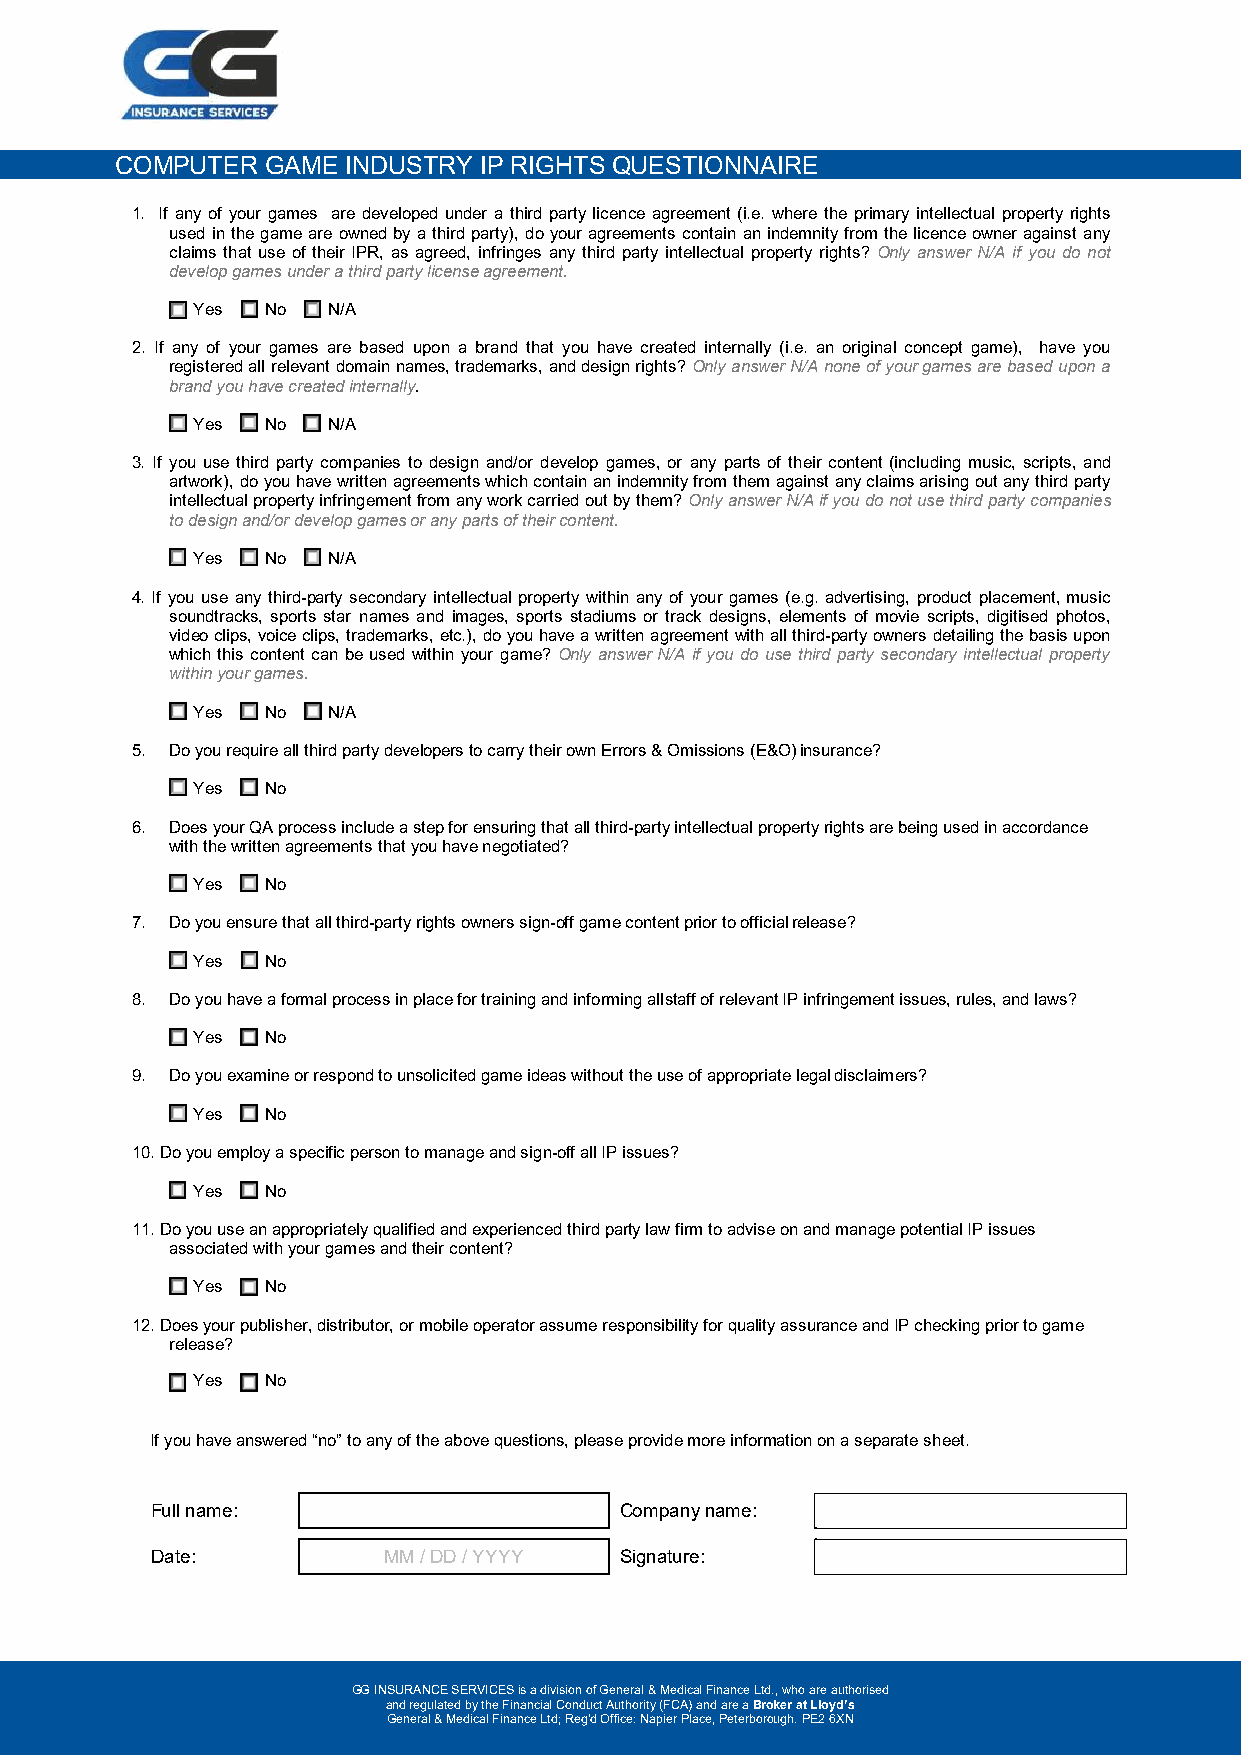
COMPUTER  GAME INDUSTRY IP RIGHTS QUESTIONNAIRE
 1. If any of your games are developed under a third party licence agreement (i.e. where the primary intellectual property rights
 used in the game are owned by a third party), do your agreements contain an indemnity from the licence owner against any
 claims that use of their IPR, as agreed, infringes any third party intellectual property rights? Only answer N/A if you do not
 develop games under a third party license agreement.
 Yes  No  N/A
 2. If any of your games are based upon a brand that you have created internally (i.e. an original concept game), have you
 registered all relevant domain names, trademarks, and design rights? Only answer N/A none of your games are based upon a
 brand you have created internally.
 Yes  No  N/A
 3. If you use third party companies to design and/or develop games, or any parts of their content (including music, scripts, and
 artwork), do you have written agreements which contain an indemnity from them against any claims arising out any third party
 intellectual property infringement from any work carried out by them? Only answer N/A if you do not use third party companies
 to design and/or develop games or any parts of their content.
 Yes  No  N/A
 4. If you use any third-party secondary intellectual property within any of your games (e.g. advertising, product placement, music
 soundtracks, sports star names and images, sports stadiums or track designs, elements of movie scripts, digitised photos,
 video clips, voice clips, trademarks, etc.), do you have a written agreement with all third-party owners detailing the basis upon
 which this content can be used within your game? Only answer N/A if you do use third party secondary intellectual property
 within your games.
 Yes  No  N/A
 5. Do you require all third party developers to carry their own Errors & Omissions (E&O) insurance?
 Yes  No
 6. Does your QA process include a step for ensuring that all third-party intellectual property rights are being used in accordance
 with the written agreements that you have negotiated?
 Yes  No
 7. Do you ensure that all third-party rights owners sign-off game content prior to official release?
 Yes  No
 8. Do you have a formal process in place for training and informing all staff of relevant IP infringement issues, rules, and laws?
 Yes  No
 9. Do you examine or respond to unsolicited game ideas without the use of appropriate legal disclaimers?
 Yes  No
 10.Do you employ a specific person to manage and sign-off all IP issues?
 Yes  No
 11.Do you use an appropriately qualified and experienced third party law firm to advise on and manage potential IP issues
 associated with your games and their content?
 Yes  No
 12.Does your publisher, distributor, or mobile operator assume responsibility for quality assurance and IP checking prior to game
 release?
 Yes  No
 If you have answered “no” to any of the above questions, please provide more information on a separate sheet.
 Full name:                     Company name:
 Date:          MM / DD / YYYY  Signature:
 GG INSURANCE SERVICES is a division of General & Medical Finance Ltd., who are authorised
 and regulated by the Financial Conduct Authority (FCA) and are a Broker at Lloyd’s
 General & Medical Finance Ltd; Reg'd Office: Napier Place, Peterborough. PE2 6XN